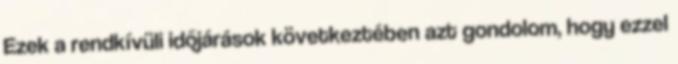
Ezek a rendkívüli időjárások következtében azt gondolom, hogy ezzel